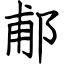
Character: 郙